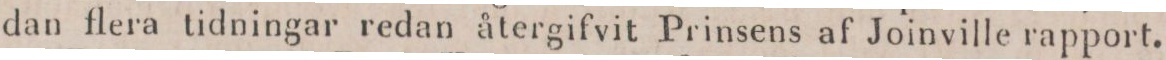
dan flera tidningar redan återgifvit Prinsens af Joinville rapport.